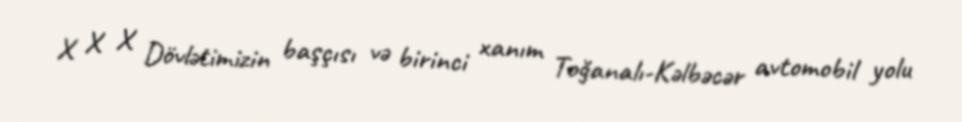
X X X Dövlətimizin başçısı və birinci xanım Toğanalı-Kəlbəcər avtomobil yolu